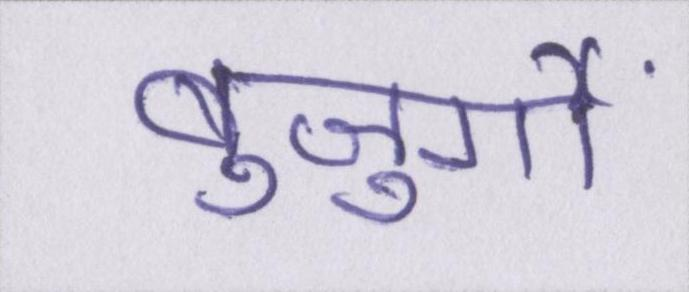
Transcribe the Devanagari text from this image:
बुजुर्गों